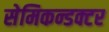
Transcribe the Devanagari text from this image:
सेमिकन्डक्टर